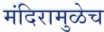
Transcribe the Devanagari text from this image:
मंदिरामुळेच